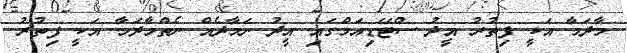
މާދަމާ އަކީ ފިތުރު އީދު ސްޓޭޑިއަމްގައި އީދު ނަމާދެއް ނެތްމާދަމާ އަކީ ފިތުރު